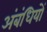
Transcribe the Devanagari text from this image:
अंबंधियों